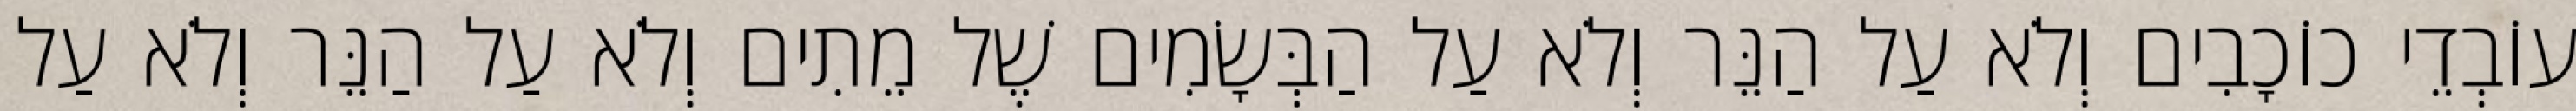
עוֹבְדֵי כוֹכָבִים וְלֹא עַל הַנֵּר וְלֹא עַל הַבְּשָׂמִים שֶׁל מֵתִים וְלֹא עַל הַנֵּר וְלֹא עַל